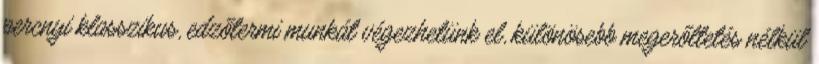
percnyi klasszikus, edzőtermi munkát végezhetünk el, különösebb megerőltetés nélkül